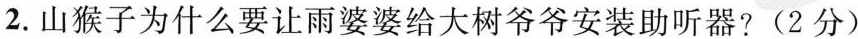
2.山猴子为什么要让雨婆婆给大树爷爷安装助听器?(2分)